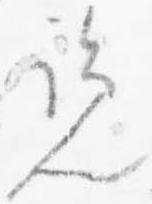
覧